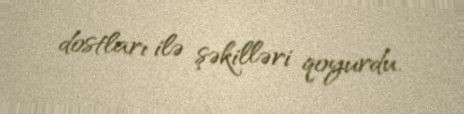
dostları ilə şəkilləri qoyurdu.